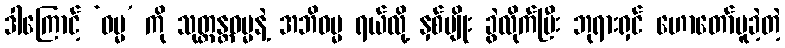
ဒါကြောင့် ‘ဓမ္မ’ ကို သုတ္တန္တဓမ္မနဲ့ အဘိဓမ္မ ရယ်လို့ နှစ်မျိုး ခွဲလိုက်ပြီး ဘုရားရှင် ဟောတော်မူခဲ့တဲ့